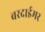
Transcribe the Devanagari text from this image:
बरदाईमर